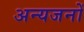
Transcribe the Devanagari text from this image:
अन्यजनों